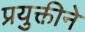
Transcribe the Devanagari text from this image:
प्रयुक्तीने